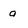
Character: a